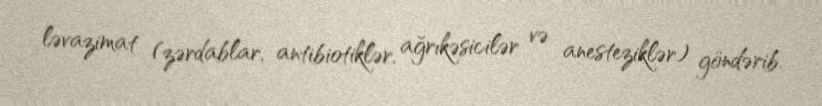
ləvazimat (zərdablar, antibiotiklər, ağrıkəsicilər və anesteziklər) göndərib.